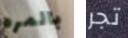
بالمره تجر